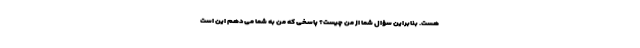
هست. بنابراین سؤال شما از من چیست؟ پاسخی که من به شما می‌دهم این است